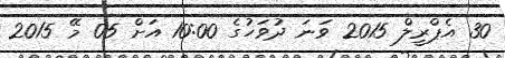
30 އެޕްރީލް 2015 ވަނަ ދުވަހުގެ 10:00 އަށް 05 މޭ 2015